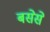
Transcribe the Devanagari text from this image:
बसेसे